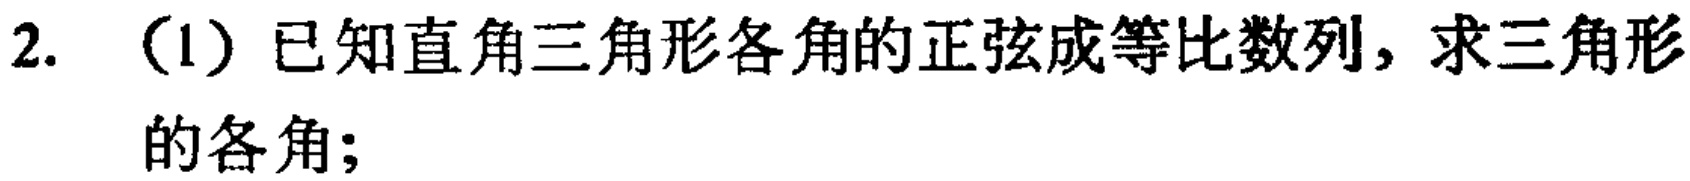
2. （1）已知直角三角形各角的正弦成等比数列，求三角形的各角；